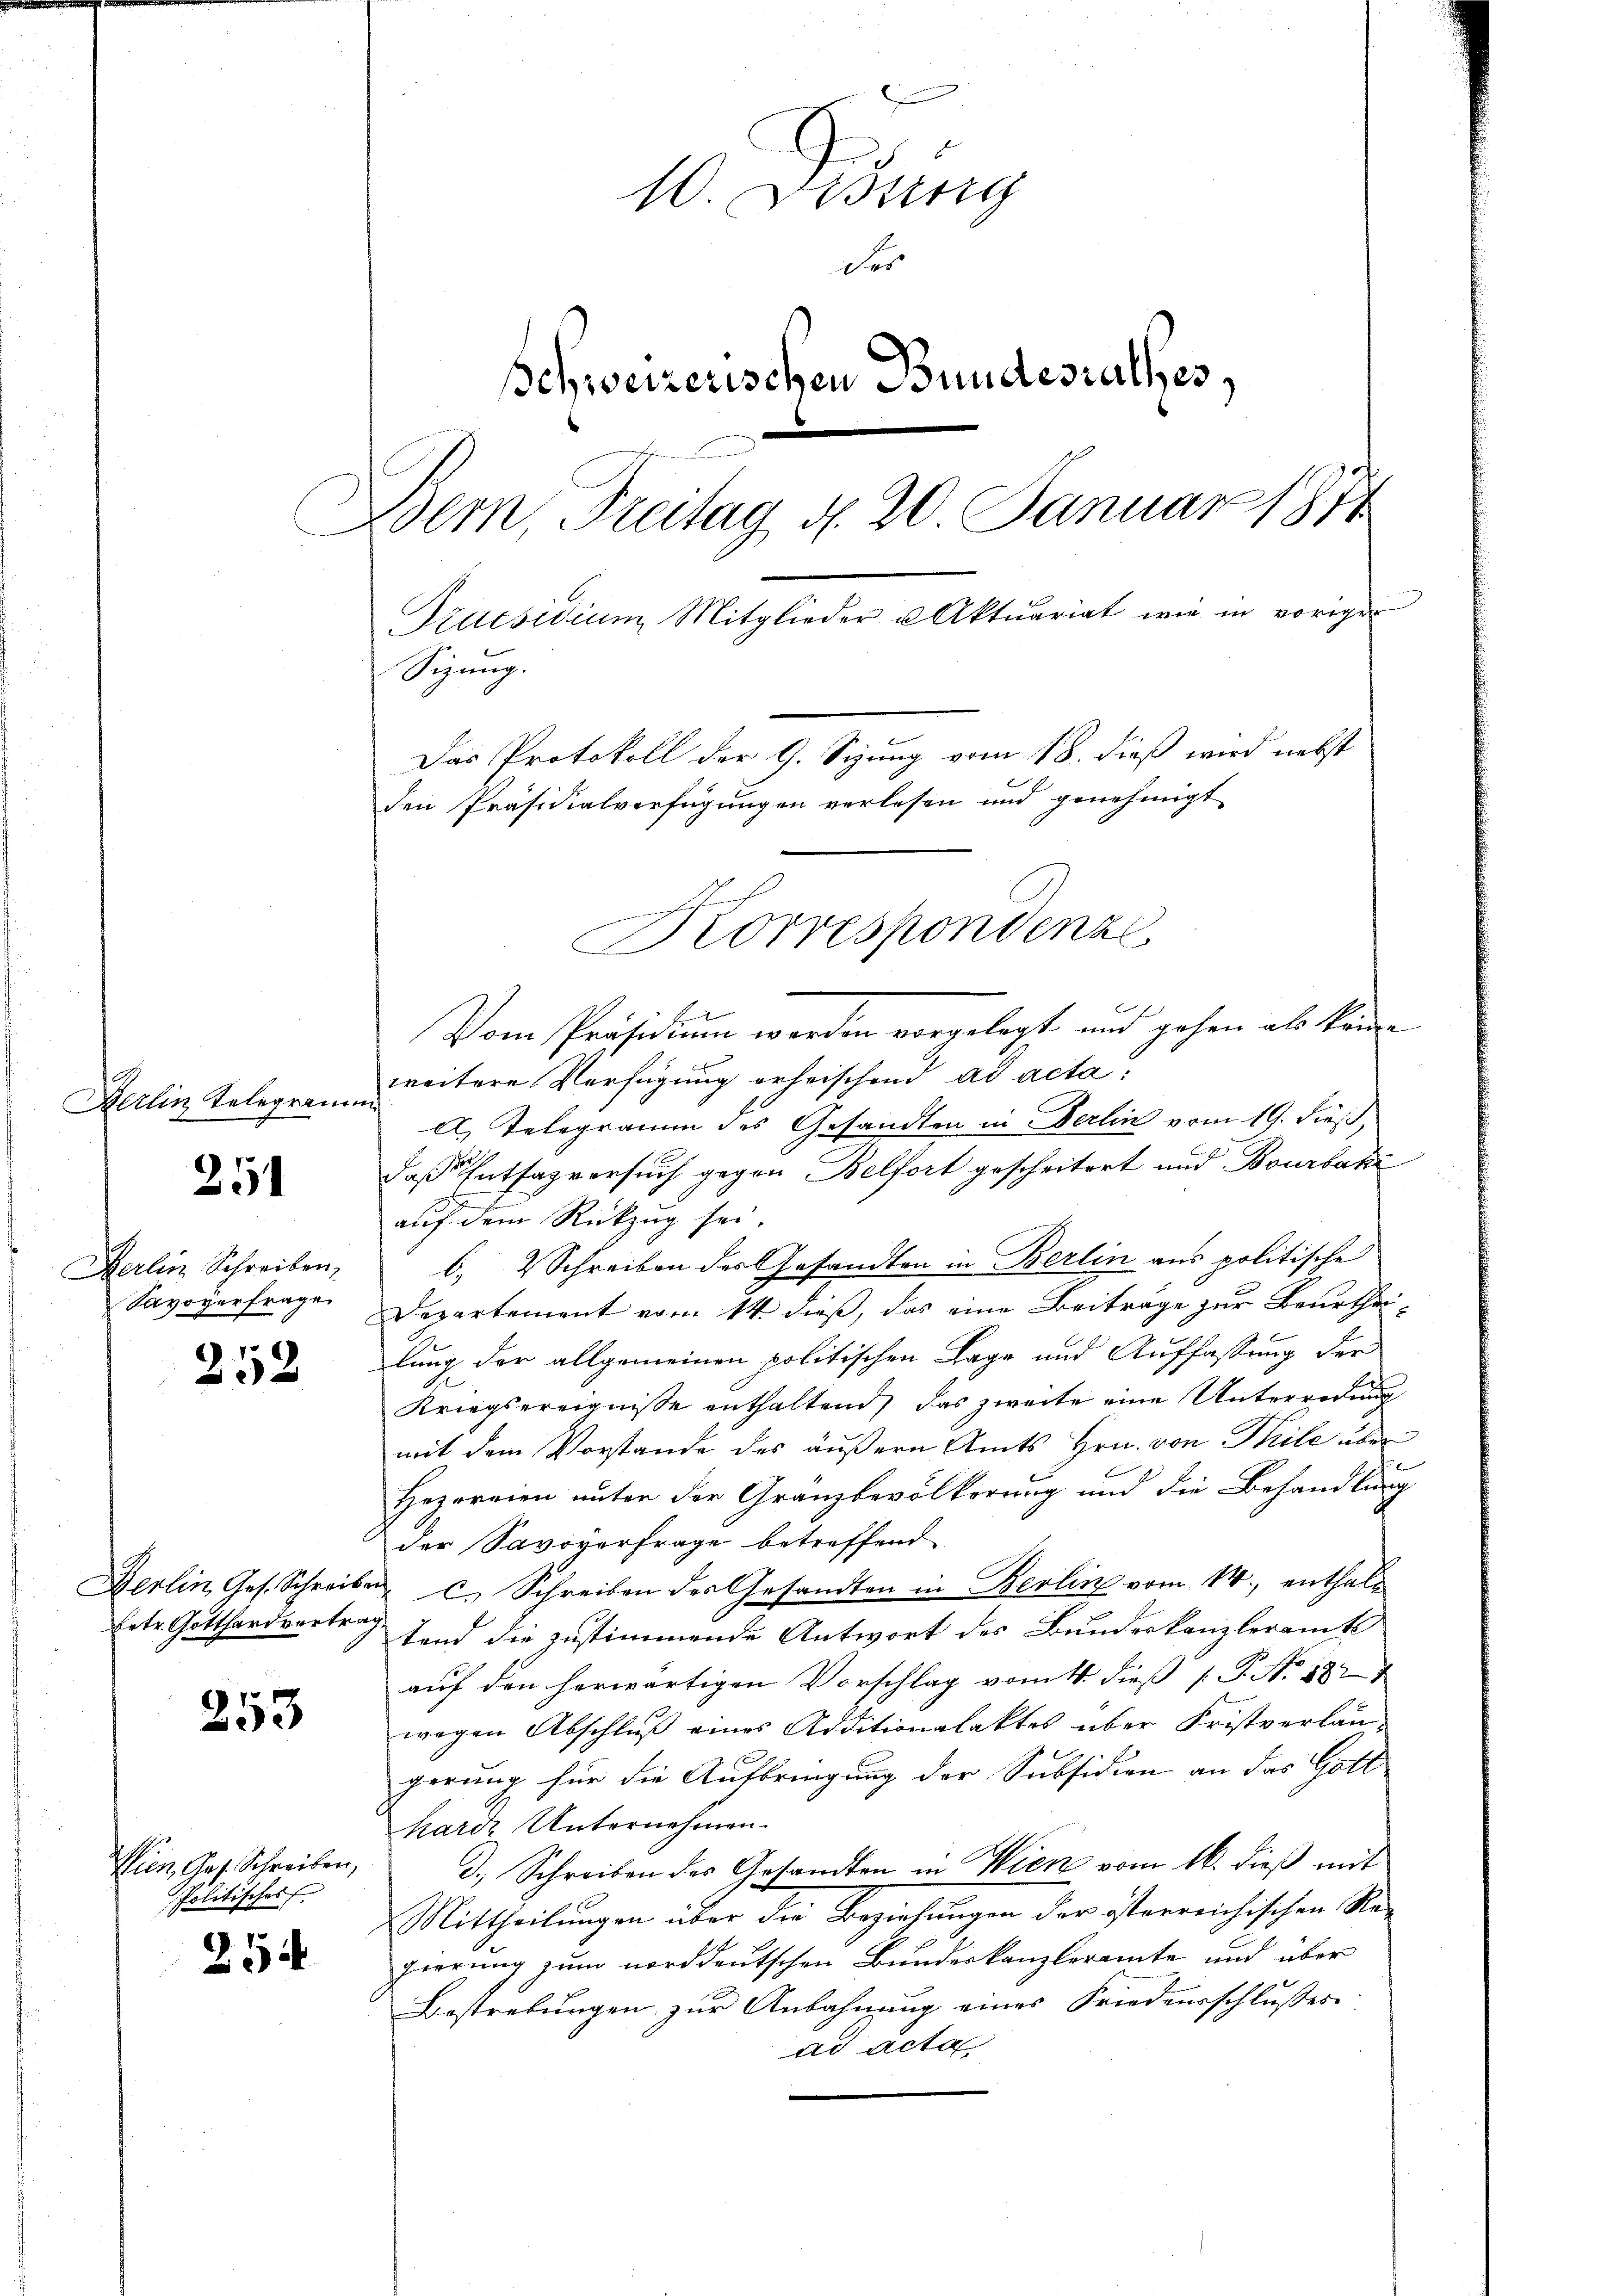
Berlin Telegram

251

Derlin Schreiben,
Savoyerfrage

252

Herlin Ges. Schreib.
Ertr. Gotthardvertr

253

Wien, Ges. Schreiben,
Politisches E.

254

10. Distig
der
Schweizerischen Bundesrathes,
Dem Freitag d. 20 Januar 1874
Szucsidium Mitglieder u Aktuariat wie in vorigen
Sizung.
Das Protokoll der G. Sizung vom 18. dieß wird nebst
den Präsidialverfügungen verlesen und genehmigt
Korrespondenz

e
Vom Präsidium werden vorgelegt und gehen als könne
weitere Verfügung erheischend ad acta:
A. Telegramm des Gesandten in Berlin vom 19. dieß
daß Entsagversuch gegen Belfort gescheitert und Bourbaki
auf dem Rückzug sei.
b. Schreiben des Gesandten in Berlin aus politische
Departement vom 14. dieß, das eine Beiträge zur Beurtheilung der allgemeinen politischen Lage und Auffassung der
Kriegsereignisse enthaltend das zweite eine Unterredung
mit dem Vorstande des äußern Amts Hrn. von Teile über
Hezornien unter der Granzbevölkerung und die Behandlung
der Savovorfrage betreffend
u C. Schreiben der Gesandten in Berlin vom 14., enthalt
u
tend die zustimmende Antwort des Bundeskanzleramts
auf den herwärtigen Vorschlag vom 4. dieß [ P. No. 182
wegen Abschluß eines Additionalaktes über Fristverläu-
gerung für die Aufbringung der Subsidien an das Gott
harde Unternehmen.
d., Schreiben des Gesandten in Wien vom 16. dieß mit
Mittheilungen über die Beziehungen der österreichischen Repierung zum norddeutschen Bundeskanzleramte und über
Bestrebungen zur Anbahnung eines Friedensschlusses
ad acta